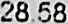
28.58